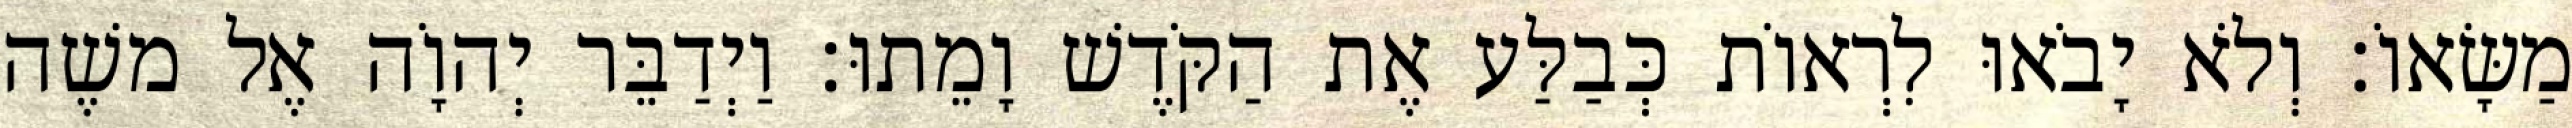
מַשָּׂאוֹ׃ וְלֹא יָבֹאוּ לִרְאוֹת כְּבַלַּע אֶת הַקֹּדֶשׁ וָמֵתוּ׃ וַיְדַבֵּר יְהוָֹה אֶל משֶׁה